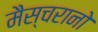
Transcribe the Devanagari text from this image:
मैस्चरानो